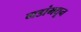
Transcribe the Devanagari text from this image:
गडांमधून